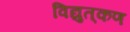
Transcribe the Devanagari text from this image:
विद्युत्‌कण